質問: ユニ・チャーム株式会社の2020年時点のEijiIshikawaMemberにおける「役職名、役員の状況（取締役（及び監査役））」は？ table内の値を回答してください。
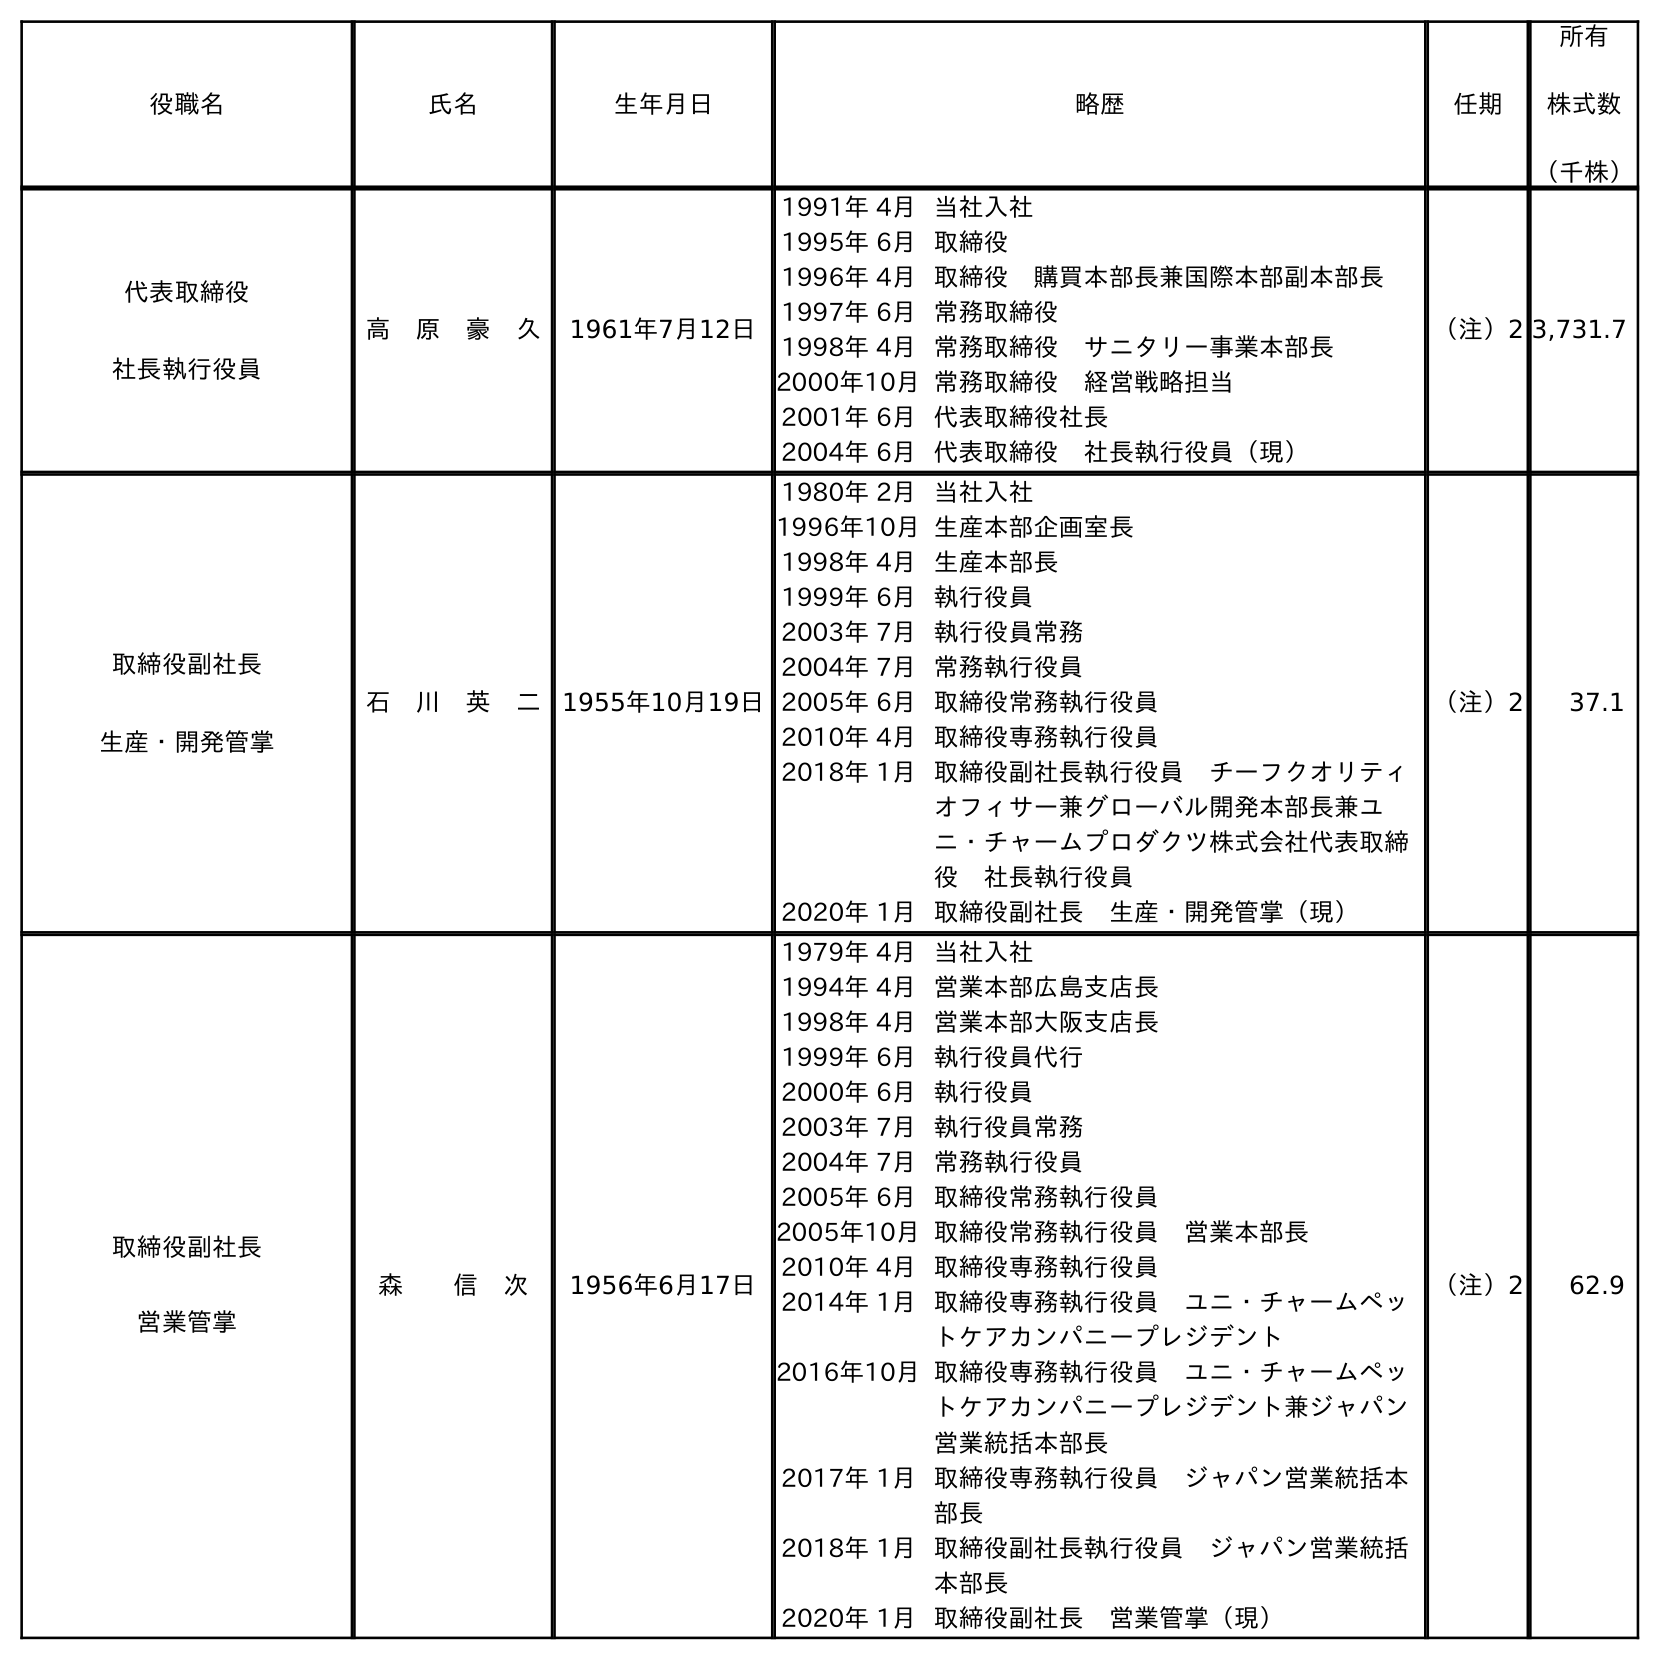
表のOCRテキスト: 役職名 氏名 生年月日 略歴 任期 所有 株式数 （千株） 代表取締役 社長執行役員 高 原 豪 久 1961年7月12日 1991年 4月当社入社 1995年 6月取締役 1996年 4月取締役 購買本部長兼国際本部副本部長 1997年 6月常務取締役 1998年 4月常務取締役 サニタリー事業本部長 2000年10月常務取締役 経営戦略担当 2001年 6月代表取締役社長 2004年 6月代表取締役 社長執行役員（現） （注）2 3,731.7 取締役副社長 生産・開発管掌 石 川 英 二 1955年10月19日 1980年 2月当社入社 1996年10月生産本部企画室長 1998年 4月生産本部長 1999年 6月執行役員 2003年 7月執行役員常務 2004年 7月常務執行役員 2005年 6月取締役常務執行役員 2010年 4月取締役専務執行役員 2018年 1月取締役副社長執行役員 チーフクオリティ オフィサー兼グローバル開発本部長兼ユ ニ・チャームプロダクツ株式会社代表取締 役 社長執行役員 2020年 1月取締役副社長 生産・開発管掌（現） （注）2 37.1 取締役副社長 営業管掌 森  信 次 1956年6月17日 1979年 4月当社入社 1994年 4月営業本部広島支店長 1998年 4月営業本部大阪支店長 1999年 6月執行役員代行 2000年 6月執行役員 2003年 7月執行役員常務 2004年 7月常務執行役員 2005年 6月取締役常務執行役員 2005年10月取締役常務執行役員 営業本部長 2010年 4月取締役専務執行役員 2014年 1月取締役専務執行役員 ユニ・チャームペッ トケアカンパニープレジデント 2016年10月取締役専務執行役員 ユニ・チャームペッ トケアカンパニープレジデント兼ジャパン 営業統括本部長 2017年 1月取締役専務執行役員 ジャパン営業統括本 部長 2018年 1月取締役副社長執行役員 ジャパン営業統括 本部長 2020年 1月取締役副社長 営業管掌（現） （注）2 62.9
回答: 取締役副社長生産・開発管掌